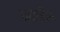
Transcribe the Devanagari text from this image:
प्रकाहीन